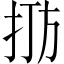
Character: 𪭫